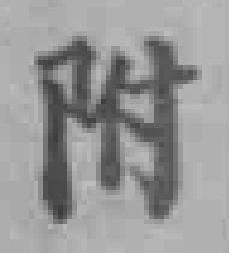
附